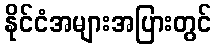
နိုင်ငံအများအပြားတွင်